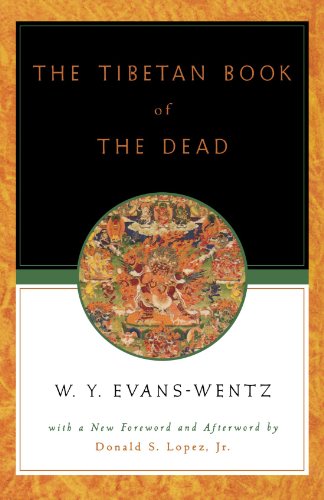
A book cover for The Tibetan Book of the Dead: Or the After-Death Experiences on the Bardo Plane, according to Lama Kazi Dawa-Samdup's English Rendering; Karma-Glin-Pa; Religion & Spirituality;